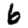
Digit: 6